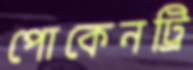
পোকেনট্রি